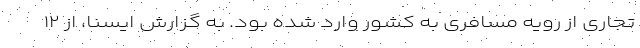
تجاری از رویه مسافری به کشور وارد شده بود. به گزارش ایسنا، از ۱۲